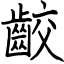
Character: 齩